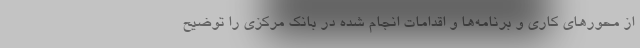
از محورهای کاری و برنامه‌ها و اقدامات انجام شده در بانک مرکزی را توضیح